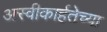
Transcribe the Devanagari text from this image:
अस्वीकार्हतेच्या